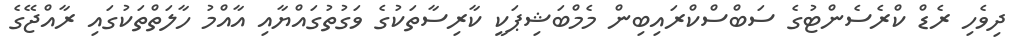
ދިވެހި ރެޑް ކްރެސެންޓުގެ ސަބްސްކްރައިބިން މެމްބަޝިޕަކީ ކާރިސާތަކުގެ ވަގުތުގައްޔާއި އާއްމު ހާލަތްތަކުގައި ރާއްޖޭގެ